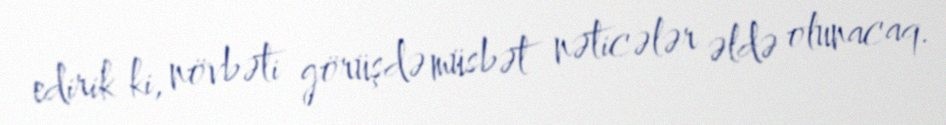
edirik ki, növbəti görüşdə müsbət nəticələr əldə olunacaq.